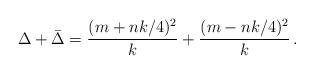
LaTeX: \begin{align*}\Delta+\bar{\Delta} = \frac{(m+nk/4)^2}{k} + \frac{(m-nk/4)^2}{k}\, .\end{align*}